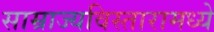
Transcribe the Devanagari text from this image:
साम्राज्यविस्तारामध्ये